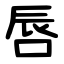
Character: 唇